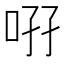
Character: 𠲚